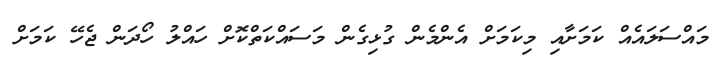
މައްސަލައެއް ކަމަށާއި މިކަމަށް އެންމެން ގުޅިގެން މަސައްކަތްކޮށް ހައްލު ހޯދަން ޖެހޭ ކަމަށް